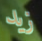
زيد